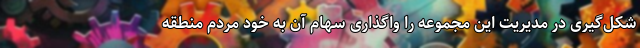
شکل‌گیری در مدیریت این مجموعه را واگذاری سهام آن به خود مردم منطقه